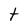
Character: t